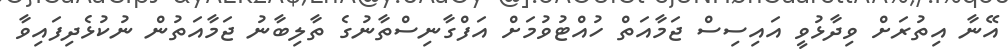
އޭނާ އިތުރަށް ވިދާޅުވީ އައިސިސް ޖަމާއަތް ހުއްޓުވުމަށް އަފްގާނިސްތާނުގެ ތާލިބާނު ޖަމާއަތުން ނުކުޅެދިފައިވާ